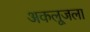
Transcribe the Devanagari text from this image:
अकलूजला